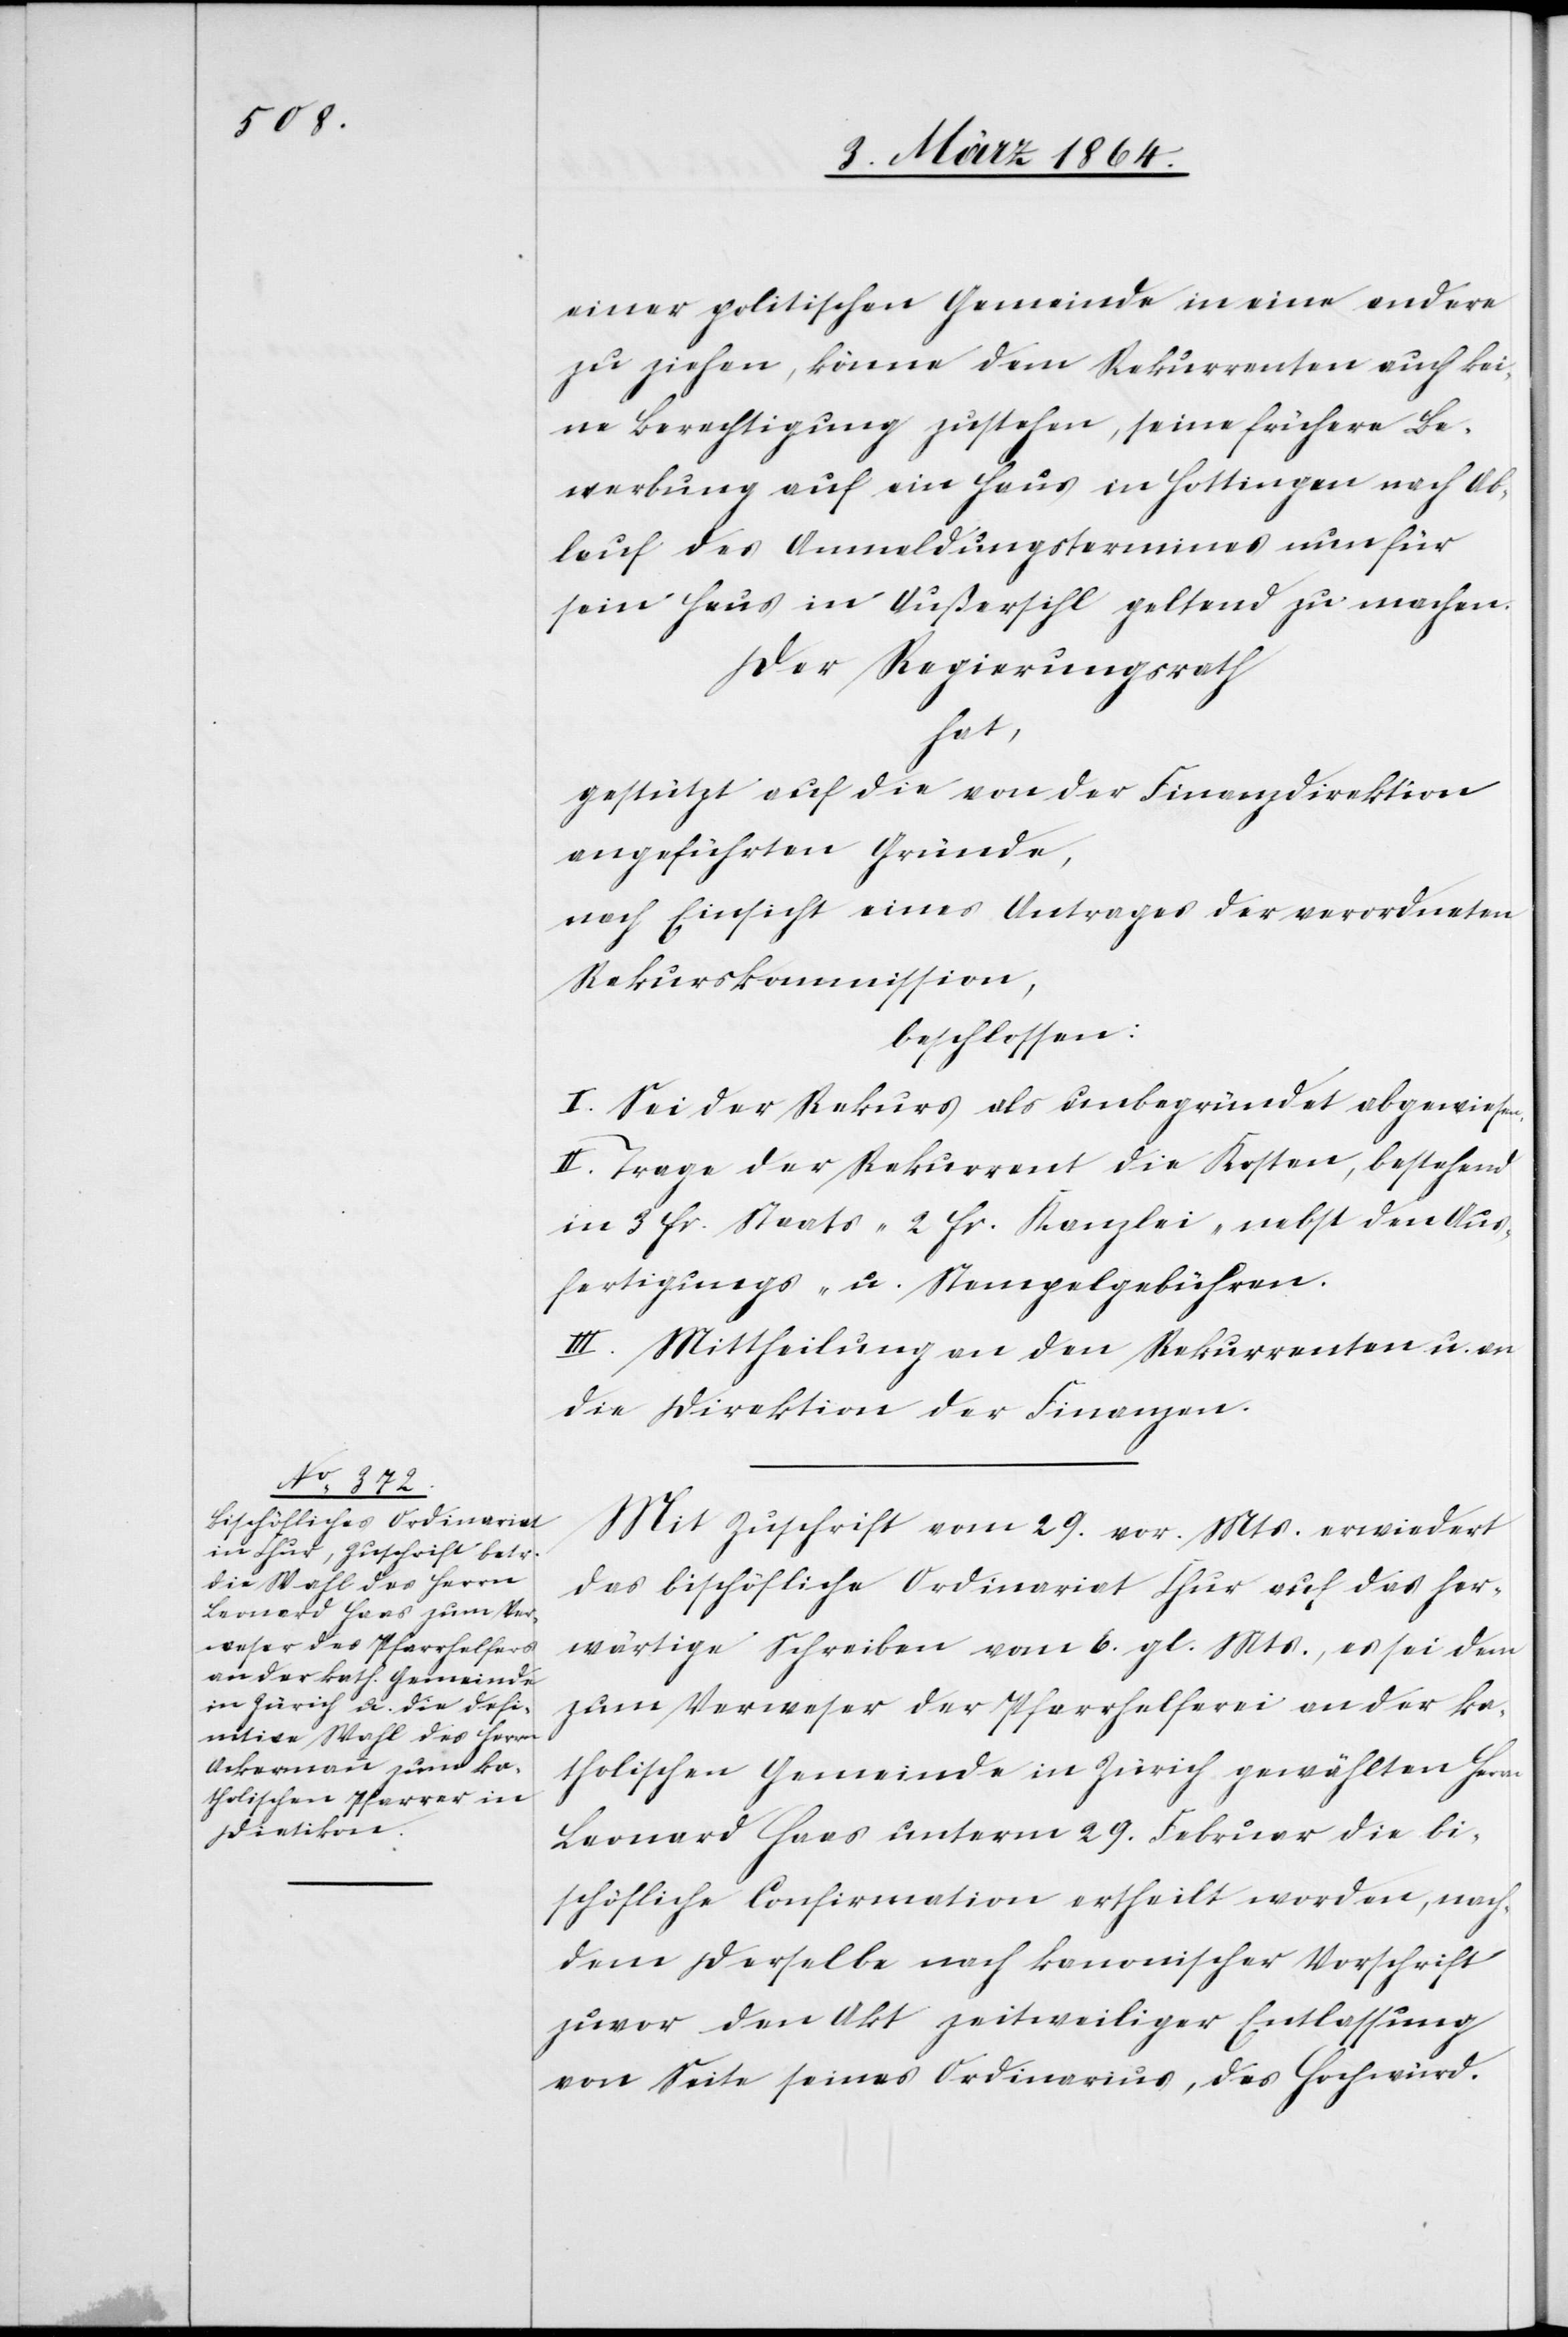
einer politischen Gemeinde in eine andere
zu ziehen, könne dem Rekurrenten auch kei¬
ne Berechtigung zustehen, seine frühere Be¬
werbung auf ein Haus in Hottingen nach Ab¬
lauf des Anmeldungstermines nun für
sein Haus in Außersihl geltend zu machen.
Der Regierungsrath
hat,
gestützt auf die von der Finanzdirektion
angeführten Gründe,
nach Einsicht eines Antrages der verordneten
Rekurskommission,
beschlossen:
I. Sei der Rekurs als unbegründet abgewiesen.
II. Trage der Rekurrent die Kosten, bestehend
in 3 fr. Staats- 2 fr. Kanzlei- nebst den Aus¬
fertigungs- u. Stempelgebühren.
III. Mittheilung an den Rekurrenten u. an
die Direktion der Finanzen.
Mit Zuschrift vom 29. vor. Mts. erwiedert
das bischöfliche Ordinariat Chur auf das her¬
wärtige Schreiben vom 6. gl. Mts., es sei dem
zum Verweser der Pfarrhelferei an der ka¬
tholischen Gemeinde in Zürich gewählten Herrn
Leonard Haas unterm 29. Februar die bi¬
schöfliche Confirmation ertheilt worden, nach¬
dem derselbe nach kanonischer Vorschrift
zuvor den Akt zeitweiliger Entlassung
von Seite seines Ordinarius, des Hochwürd.